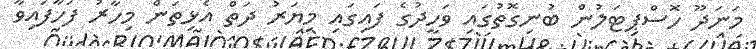
މަނަދޫ ހޮސްޕިޓަލުން ބުނިގޮތުގައި ވަހީދުގެ ފައިގައި މިޔަރު ދަތް އެޅިތަން މިހާރު ފަހާފައިވާ